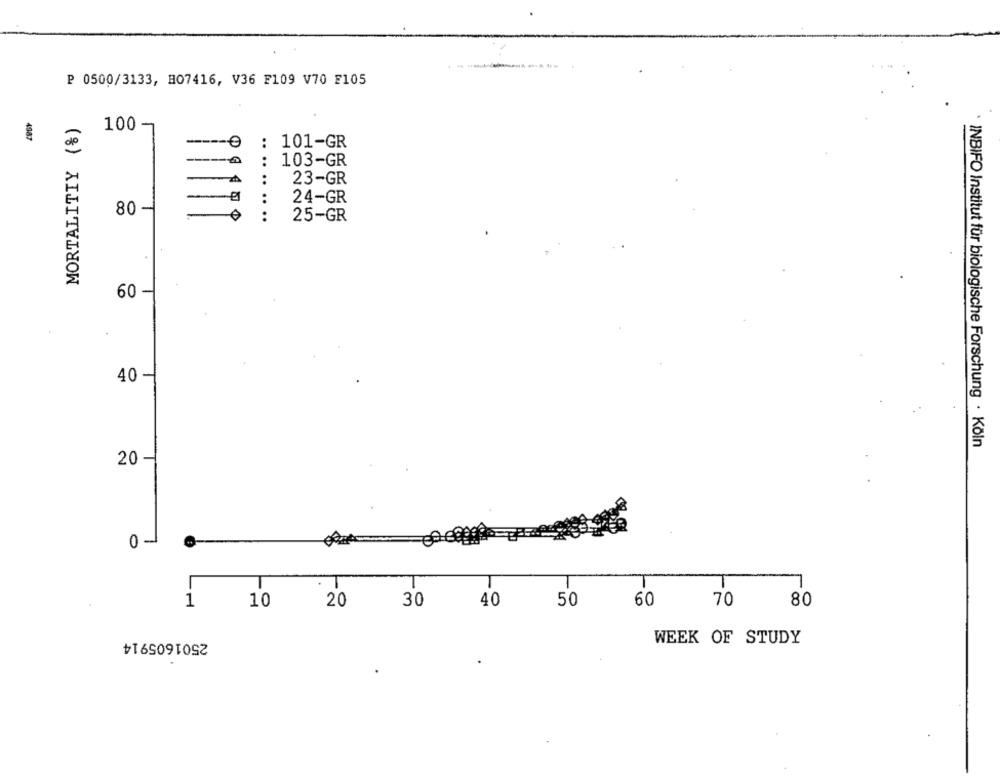
₽ 0500/3133, H07416, V36 F109 V70 F105
MORTALITIY (%)
100 -
4987
e
: 101-GR
103-GR
23-GR
24-GR
80 -
..........
25-GR
.
-
60
40 -
INBIFO Institut für biologische Forschung · Köln
20 -
0 -
T
1
10
20
30
40
50
60
70
80
2501605914
WEEK OF STUDY